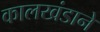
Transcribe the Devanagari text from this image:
कालखंडाने